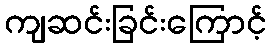
ကျဆင်းခြင်းကြောင့်